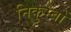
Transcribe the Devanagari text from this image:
निकुम्बों